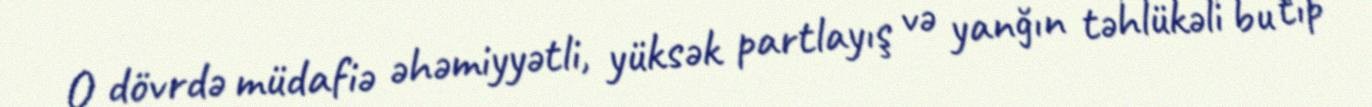
O dövrdə müdafiə əhəmiyyətli, yüksək partlayış və yanğın təhlükəli bu tip